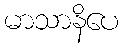
မာသာနိပေ